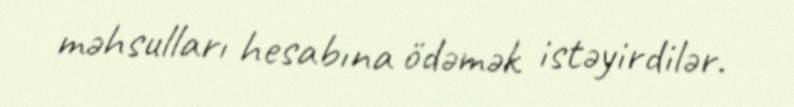
məhsulları hesabına ödəmək istəyirdilər.